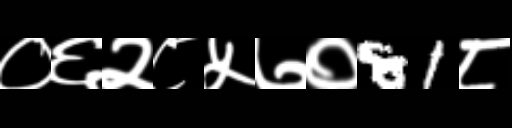
Text: ०६२८५७०81८